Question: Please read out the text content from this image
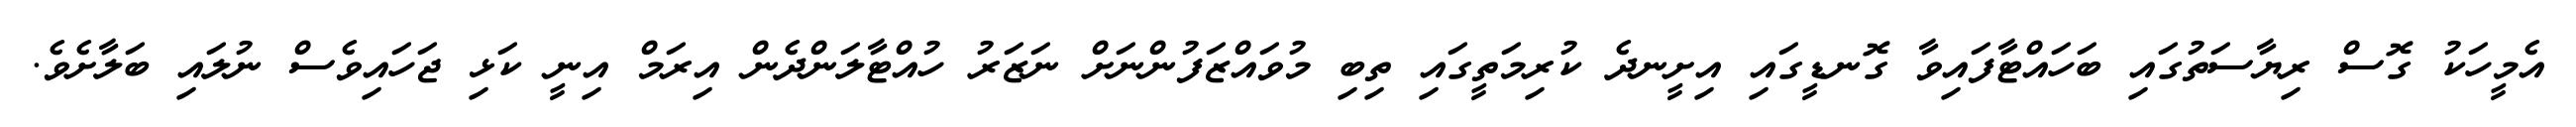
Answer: އެމީހަކު ގޮސް ރިޔާސަތުގައި ބަހައްޓާފައިވާ ގޮނޑީގައި އިށީނދެ ކުރިމަތީގައި ތިބި މުވައްޒަފުންނަށް ނަޒަރު ހުއްޓާލަންދެން އިރަމް އިނީ ކަޅި ޖަހައިވެސް ނުލައި ބަލާށެވެ.